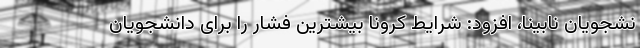
نشجویان نابینا، افزود: شرایط کرونا بیشترین فشار را برای دانشجویان